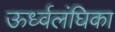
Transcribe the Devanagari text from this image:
ऊर्ध्वलंघिका